Insane asylums Bombay 1873-77 - 1873-1877
Year: 1873
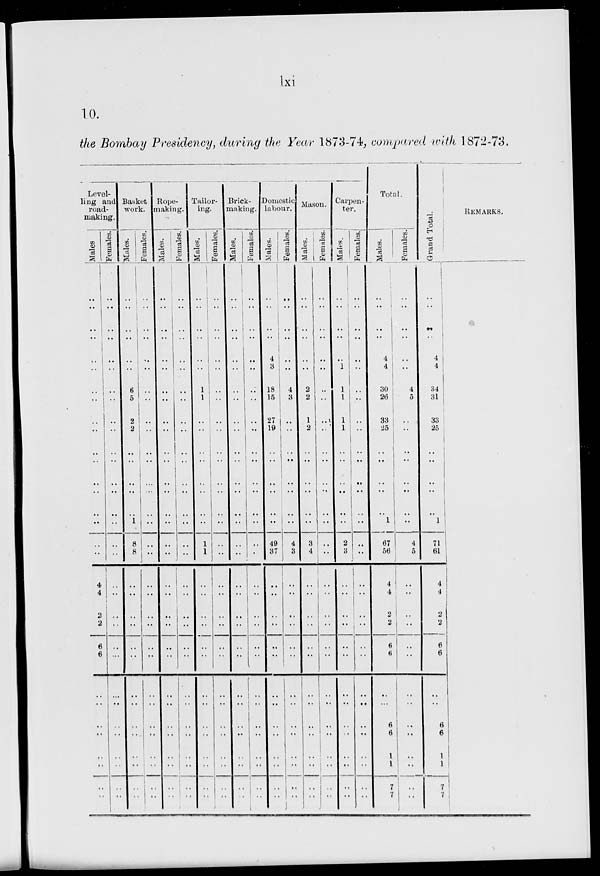
lxi
10.
the Bombay Presidency, during the Year 1873-74, compared with 1872-73.
Level-
ling and
road-
making.
Males
..
..
..
..
..
..
..
..
..
..
..
..
..
..
..
..
..
..
4
4
2
2
6
6
..
..
..
..
..
..
..
..
Females.
..
..
..
..
..
..
..
..
..
..
..
..
..
..
..
..
..
..
..
..
..
..
..
..
..
..
..
..
..
..
..
..
Basket
work.
Males.
..
..
..
..
..
..
6
5
2
2
..
..
..
..
..
1
8
8
..
..
..
..
..
..
..
..
..
..
..
..
..
..
Females.
..
..
..
..
..
..
..
..
..
..
..
..
..
..
..
..
..
..
..
..
..
..
..
..
..
..
..
..
..
..
..
..
Rope-
making.
Males.
..
..
..
..
..
..
..
..
..
..
..
..
..
..
..
..
..
..
..
..
..
..
..
..
..
..
..
..
..
..
..
..
Females.
..
..
..
..
..
..
..
..
..
..
..
..
..
..
..
..
..
..
..
..
..
..
..
..
..
..
..
..
..
..
..
..
Tailor-
ing.
Males.
..
..
..
..
..
..
1
1
..
..
..
..
..
..
..
..
1
1
..
..
..
..
..
..
..
..
..
..
..
..
..
..
Females.
..
..
..
..
..
..
..
..
..
..
..
..
..
..
..
..
..
..
..
..
..
..
..
..
..
..
..
..
..
..
..
..
Brick-
making.
Males.
..
..
..
..
..
..
..
..
..
..
..
..
..
..
..
..
..
..
..
..
..
..
..
..
..
..
..
..
..
..
..
..
Females.
..
..
..
..
..
..
..
..
..
..
..
..
..
..
..
..
..
..
..
..
..
..
..
..
..
..
..
..
..
..
..
..
Domestic
labour.
Males.
..
..
..
..
4
3
18
15
27
19
..
..
..
..
..
..
49
37
..
..
..
..
..
..
..
..
..
..
..
..
..
..
Females.
..
..
..
..
..
..
4
3
..
..
..
..
..
..
..
..
4
3
..
..
..
..
..
..
..
..
..
..
..
..
..
..
Mason.
Males.
..
..
..
..
..
..
2
2
1
2
..
..
..
..
..
..
3
4
..
..
..
..
..
..
..
..
..
..
..
..
..
..
Females.
..
..
..
..
..
..
..
..
..
..
..
..
..
..
..
..
..
..
..
..
..
..
..
..
..
..
..
..
..
..
..
..
Carpen-
ter.
Males.
..
..
..
..
..
1
1
1
1
1
..
..
..
..
..
..
2
3
..
..
..
..
..
..
..
..
..
..
..
..
..
..
Females.
..
..
..
..
..
..
..
..
..
..
..
..
..
..
..
..
..
..
..
..
..
..
..
..
..
..
..
..
..
..
..
..
Total.
Males.
..
..
..
..
4
4
30
26
33
25
..
..
..
..
..
1
67
56
4
4
2
2
6
6
..
..
6
6
1
1
7
7
Females.
..
..
..
..
..
..
4
5
..
..
..
..
..
..
..
..
4
5
..
..
..
..
..
..
..
..
..
..
..
..
..
..
Grand Total.
..
..
..
..
4
4
34
31
33
25
..
..
..
..
..
1
71
61
4
4
2
2
6
6
..
..
6
6
1
1
7
7
REMARKS.